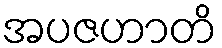
အပဇဟာတိ